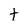
Character: t